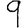
Digit: 9